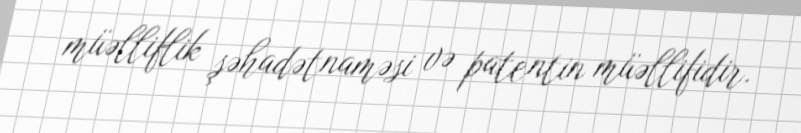
müəlliflik şəhadətnaməsi və patentin müəllifidir.